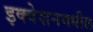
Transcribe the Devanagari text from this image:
इक्वेशनमधील